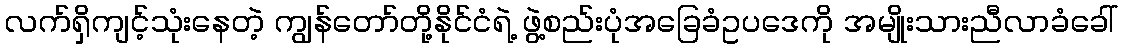
လက်ရှိကျင့်သုံးနေတဲ့ ကျွန်တော်တို့နိုင်ငံရဲ့ ဖွဲ့စည်းပုံအခြေခံဥပဒေကို အမျိုးသားညီလာခံခေါ်